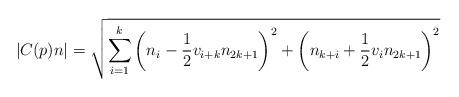
LaTeX: \begin{align*} |C(p)n|=\sqrt{\sum_{i=1}^k \left(n_i - \frac{1}{2} v_{i+k} n_{2k+1}\right)^2 + \left(n_{k+i}+\frac{1}{2} v_i n_{2k+1}\right)^2}\end{align*}